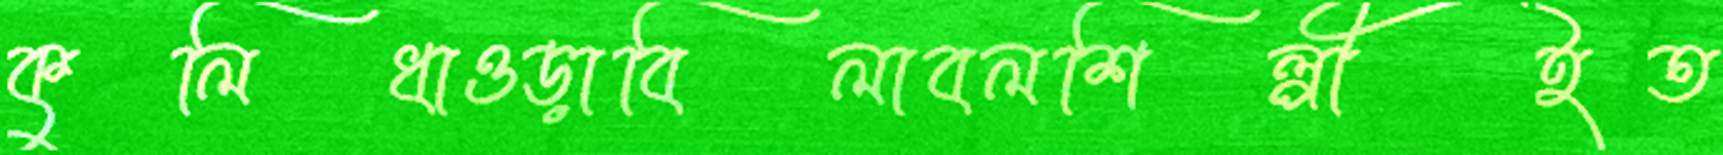
কুলিধাওড়াবিলাবলশিল্পীইত